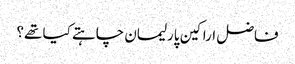
فاضل اراکین پارلیمان چاہتے کیا تھے؟